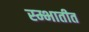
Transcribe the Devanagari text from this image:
स्म्भातीत